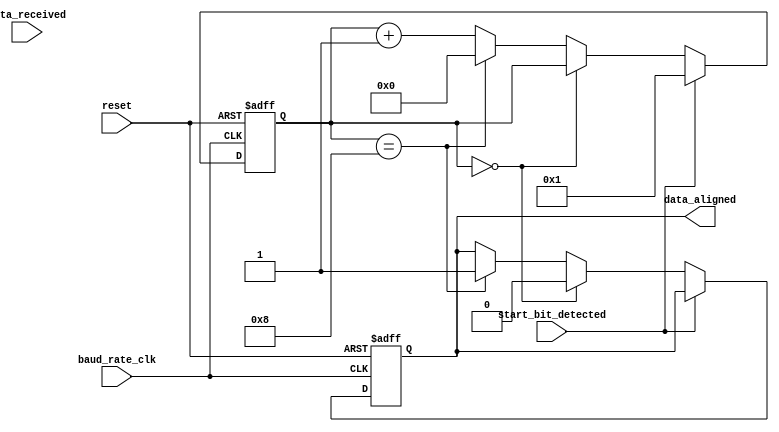
module uart_timing_control(
    input baud_rate_clk, // Baud rate clock input
    input reset, // Reset input
    input start_bit_detected, // Start bit detection input
    input data_received, // Data received input
    output reg data_aligned // Data aligned output
);

reg [7:0] baud_rate_counter;

always @(posedge baud_rate_clk or posedge reset) begin
    if (reset) begin
        baud_rate_counter <= 8'h00; // Reset baud rate counter
        data_aligned <= 1'b0; // Reset data alignment
    end
    else begin
        if (start_bit_detected) begin
            baud_rate_counter <= 8'h01; // Start counting baud rate clock cycles
        end
        else if (baud_rate_counter == 8'h00) begin
            data_aligned <= 1'b0; // Data not aligned if start bit not detected
        end
        else if (baud_rate_counter == 8'h08) begin
            data_aligned <= 1'b1; // Data aligned when 8 baud rate clock cycles have passed
            baud_rate_counter <= 8'h00; // Reset baud rate counter
        end
        else begin
            baud_rate_counter <= baud_rate_counter + 1; // Increment baud rate counter
        end
    end
end

endmodule